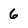
Character: 6